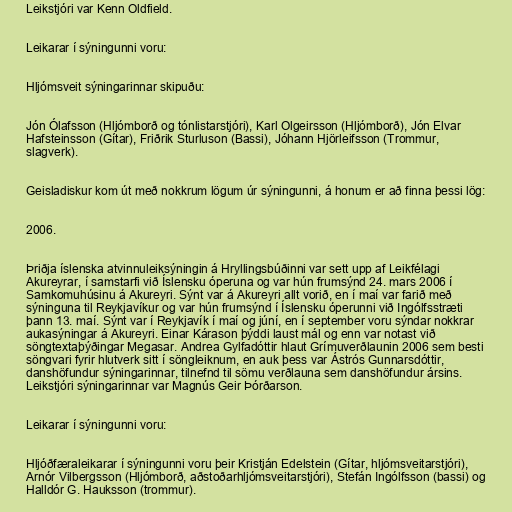
Leikstjóri var Kenn Oldfield.

Leikarar í sýningunni voru:

Hljómsveit sýningarinnar skipuðu:

Jón Ólafsson (Hljómborð og tónlistarstjóri), Karl Olgeirsson (Hljómborð), Jón Elvar
Hafsteinsson (Gítar), Friðrik Sturluson (Bassi), Jóhann Hjörleifsson (Trommur,
slagverk).

Geisladiskur kom út með nokkrum lögum úr sýningunni, á honum er að finna þessi lög:

2006.

Þriðja íslenska atvinnuleiksýningin á Hryllingsbúðinni var sett upp af Leikfélagi
Akureyrar, í samstarfi við Íslensku óperuna og var hún frumsýnd 24. mars 2006 í
Samkomuhúsinu á Akureyri. Sýnt var á Akureyri allt vorið, en í maí var farið með
sýninguna til Reykjavíkur og var hún frumsýnd í Íslensku óperunni við Ingólfsstræti
þann 13. maí. Sýnt var í Reykjavík í maí og júní, en í september voru sýndar nokkrar
aukasýningar á Akureyri. Einar Kárason þýddi laust mál og enn var notast við
söngtextaþýðingar Megasar. Andrea Gylfadóttir hlaut Grímuverðlaunin 2006 sem besti
söngvari fyrir hlutverk sitt í söngleiknum, en auk þess var Ástrós Gunnarsdóttir,
danshöfundur sýningarinnar, tilnefnd til sömu verðlauna sem danshöfundur ársins.
Leikstjóri sýningarinnar var Magnús Geir Þórðarson.

Leikarar í sýningunni voru:

Hljóðfæraleikarar í sýningunni voru þeir Kristján Edelstein (Gítar, hljómsveitarstjóri),
Arnór Vilbergsson (Hljómborð, aðstoðarhljómsveitarstjóri), Stefán Ingólfsson (bassi) og
Halldór G. Hauksson (trommur).